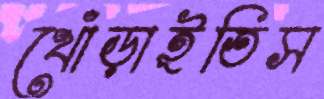
খোঁড়াইতিস